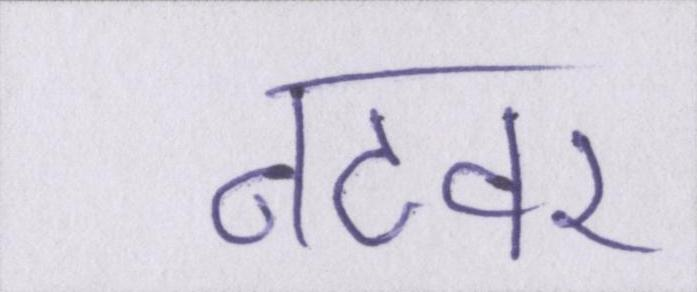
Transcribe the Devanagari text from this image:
नटवर